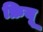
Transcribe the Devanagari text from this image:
फ्रियू